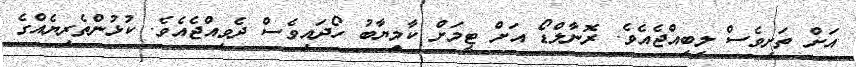
އަށް ތަށިވެސް ލިބިއްޖެއެވެ. ރޮނާލްޑޯ އަށް ޓީމަށް ކާމިޔާބު ހޯދައިވެސް ދެވިއްޖެއެވެ. ކުޅުންތެރިޔެއްގެ